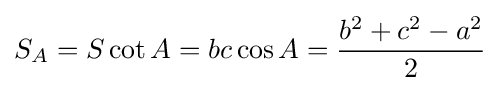
S_{A}=S\cot A=bc\cos A={\frac {b^{2}+c^{2}-a^{2}}{2}}